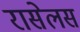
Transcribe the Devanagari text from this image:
रासेलस